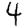
Digit: 4